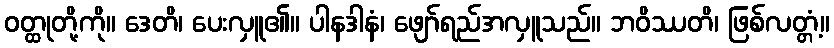
ဝတ္ထုတို့ကို။ ဒေတိ၊ ပေးလှူ၏။ ပါနဒါနံ၊ ဖျော်ရည်အလှူသည်။ ဘဝိဿတိ၊ ဖြစ်လတ္တံ့။